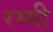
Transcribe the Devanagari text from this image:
रम्मी